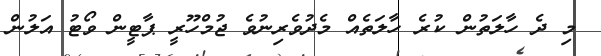
މި ދެ ހާލަތުން ކުރެ ހާލަތެއް މެދުވެރިނުވެ ޖުމްހޫރީ ޕާޓީން ވޯޓު އަލުން